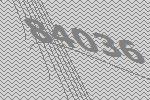
84036